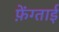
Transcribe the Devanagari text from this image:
फ़ेंग्ताई